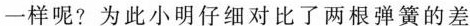
一样呢? 为此小明仔细对比了两根弹簧的差